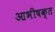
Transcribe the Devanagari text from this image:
आभीषक्त